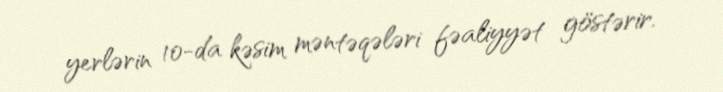
yerlərin 10-da kəsim məntəqələri fəaliyyət göstərir.